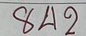
842